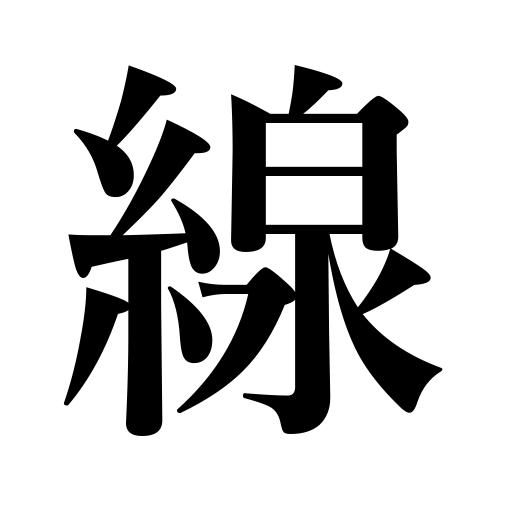
Meanings: route,track,line,wire